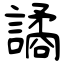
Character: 譎